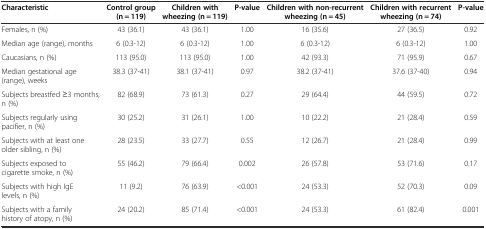
<table><thead><tr><td><b>Characteristic</b></td><td><b>Control group (n = 119)</b></td><td><b>Children with wheezing (n = 119)</b></td><td><b>P-value</b></td><td><b>Children with non-recurrent wheezing (n = 45)</b></td><td><b>Children with recurrent wheezing (n = 74)</b></td><td><b>P-value</b></td></tr></thead><tbody><tr><td>Females, n (%)</td><td>43 (36.1)</td><td>43 (36.1)</td><td>1.00</td><td>16 (35.6)</td><td>27 (36.5)</td><td>0.92</td></tr><tr><td>Median age (range), months</td><td>6 (0.3-12)</td><td>6 (0.3-12)</td><td>1.00</td><td>6 (0.3-12)</td><td>6 (0.3-12)</td><td>1.00</td></tr><tr><td>Caucasians, n (%)</td><td>113 (95.0)</td><td>113 (95.0)</td><td>1.00</td><td>42 (93.3)</td><td>71 (95.9)</td><td>0.67</td></tr><tr><td>Median gestational age (range), weeks</td><td>38.3 (37-41)</td><td>38.1 (37-41)</td><td>0.97</td><td>38.2 (37-41)</td><td>37.6 (37-40)</td><td>0.94</td></tr><tr><td>Subjects breastfed ≥3 months, n (%)</td><td>82 (68.9)</td><td>73 (61.3)</td><td>0.27</td><td>29 (64.4)</td><td>44 (59.5)</td><td>0.72</td></tr><tr><td>Subjects regularly using pacifier, n (%)</td><td>30 (25.2)</td><td>31 (26.1)</td><td>1.00</td><td>10 (22.2)</td><td>21 (28.4)</td><td>0.59</td></tr><tr><td>Subjects with at least one older sibling, n (%)</td><td>28 (23.5)</td><td>33 (27.7)</td><td>0.55</td><td>12 (26.7)</td><td>21 (28.4)</td><td>0.99</td></tr><tr><td>Subjects exposed to cigarette smoke, n (%)</td><td>55 (46.2)</td><td>79 (66.4)</td><td>0.002</td><td>26 (57.8)</td><td>53 (71.6)</td><td>0.17</td></tr><tr><td>Subjects with high IgE levels, n (%)</td><td>11 (9.2)</td><td>76 (63.9)</td><td>&lt;0.001</td><td>24 (53.3)</td><td>52 (70.3)</td><td>0.09</td></tr><tr><td>Subjects with a family history of atopy, n (%)</td><td>24 (20.2)</td><td>85 (71.4)</td><td>&lt;0.001</td><td>24 (53.3)</td><td>61 (82.4)</td><td>0.001</td></tr></tbody></table>